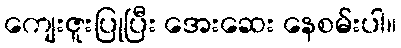
ကျေးဇူးပြုပြီး အေးဆေး နေစမ်းပါ။